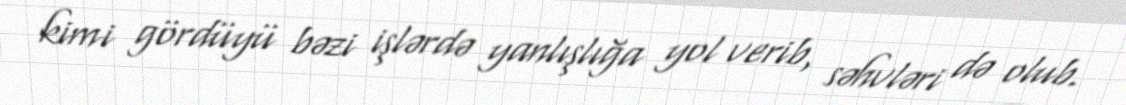
kimi gördüyü bəzi işlərdə yanlışlığa yol verib, səhvləri də olub.